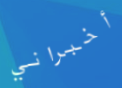
أخبراني